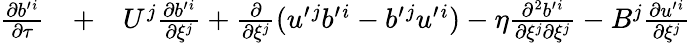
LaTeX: \begin{array}{rlr}{\frac{\partial b^{\prime}{}^{i}}{\partial\tau}}&{{}+}&{U^{j}\frac{\partial b^{\prime}{}^{i}}{\partial\xi^{j}}+\frac{\partial}{\partial\xi^{j}}(u^{\prime}{}^{j}b^{\prime}{}^{i}-b^{\prime}{}^{j}u^{\prime}{}^{i})-\eta\frac{\partial^{2}b^{\prime}{}^{i}}{\partial\xi^{j}\partial\xi^{j}}-B^{j}\frac{\partial u^{\prime}{}^{i}}{\partial\xi^{j}}}\end{array}